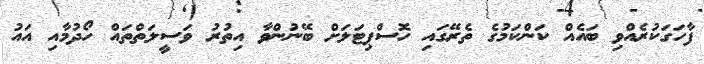
ފާހަގަކުރެއްވި ބައެއް ކަންކަމުގެ ތެރޭގައި ހޮސްޕިޓަލަށް ބޭނުންވާ އިތުރު ވަސީލަތްތައް ހޯދުމާއި އައު